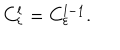
C _ { \varepsilon } ^ { l } = C _ { \varepsilon } ^ { l - 1 } .